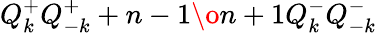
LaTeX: Q_{k}^{+}Q_{-k}^{+}+{{n-1}\o{n+1}}Q_{k}^{-}Q_{-k}^{-}